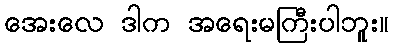
အေးလေ ဒါက အရေးမကြီးပါဘူး။